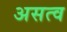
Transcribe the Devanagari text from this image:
असत्व